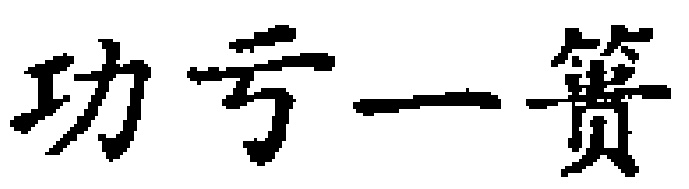
功亏一篑